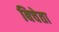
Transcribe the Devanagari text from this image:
बिचेता